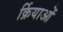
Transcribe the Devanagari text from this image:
र्क्रियाओं